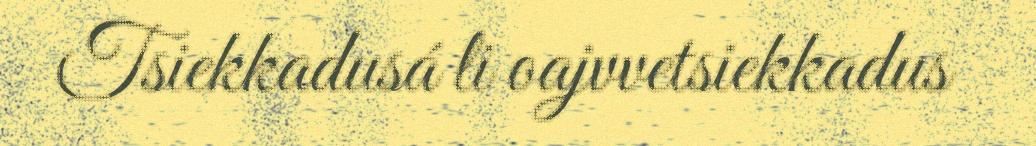
Tsiekkadusá li oajvvetsiekkadus